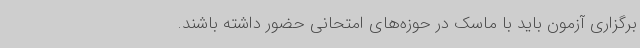
برگزاری آزمون باید با ماسک در حوزه‌های امتحانی حضور داشته باشند.